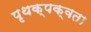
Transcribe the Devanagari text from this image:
पृथक्‌पक्वता